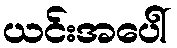
ယင်းအပေါ်